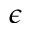
\epsilon